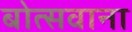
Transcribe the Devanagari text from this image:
बोत्‍सवाना